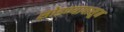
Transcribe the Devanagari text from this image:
सोडण्यापासून